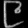
Digit: ၉